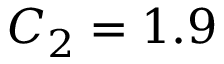
C _ { 2 } = 1 . 9